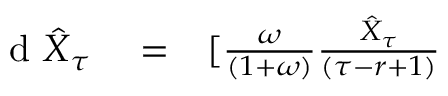
\begin{array} { r l r } { \textrm { d } \hat { X } _ { \tau } } & { { } = } & { [ \frac { \omega } { ( 1 + \omega ) } \frac { \hat { X } _ { \tau } } { ( \tau - r + 1 ) } } \end{array}